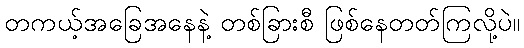
တကယ့်အခြေအနေနဲ့ တစ်ခြားစီ ဖြစ်နေတတ်ကြလို့ပဲ။